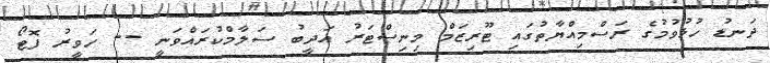
ދަނޑު ހުޅުވުމުގެ ރަސްމިއްޔާތުގައި ޓޫރިޒަމް މިނިސްޓަރު އަދީބު ސަލާމްކުރައްވަނީ -- ހަވީރު ފޮޓޯ